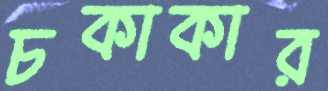
চকাকার